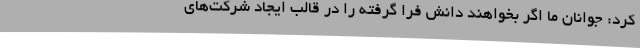
کرد: جوانان ما اگر بخواهند دانش فرا گرفته را در قالب ایجاد شرکت‌های